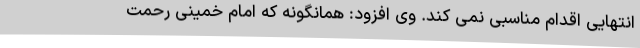
انتهایی اقدام مناسبی نمی کند. وی افزود: همانگونه که امام خمینی رحمت